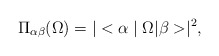
\begin{align*}\Pi_{\alpha\beta}(\Omega)=|<\alpha \mid \Omega|\beta> \mid^{2},\end{align*}